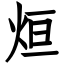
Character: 烜